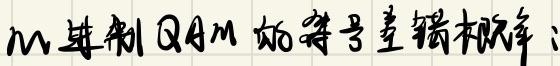
以二进制QAM的符号差错概率：